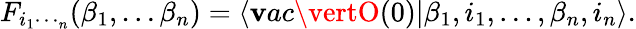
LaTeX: F_{i_{1}\dotsi_{n}}(\beta_{1},\dots\beta_{n})=\langle\mathbf{v}ac\vertO(0)\vert\beta_{1},i_{1},\dots,\beta_{n},i_{n}\rangle.